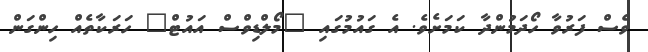
ވެސް ފަރުވާ ހޯދަމުންދާ ކަމަށެވެ. އެ ގައުމުގައި "މޯލްޑިވްސް އައުޓް" ހަރަކާތެއް ހިންގަން